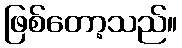
ဖြစ်တော့သည်။